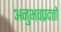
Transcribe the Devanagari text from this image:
अनुभवप्रदत्तों